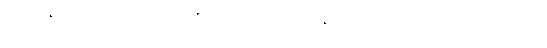
(၁) အနည်းငယ်သာ ဟောပြော၏၊ အကြောင်းအကျိုးနှင့်လည်းမစပ်ယှဉ်၊ ပရိသတ် ကလည်း